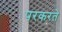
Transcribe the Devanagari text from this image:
परकरते